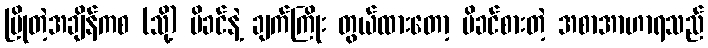
မြိုတဲ့အချိန်ကစ (သို့) မိခင်နဲ့ ချက်ကြိုး တွယ်ထားတော့ မိခင်စားတဲ့ အစာအာဟာရသည်